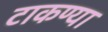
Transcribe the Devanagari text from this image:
टाकण्या